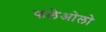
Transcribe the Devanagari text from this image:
फलेओलो